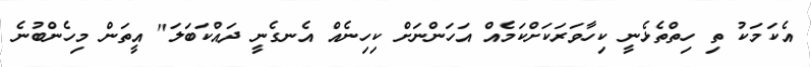
އެކަމަކު ތި ހިތްތެޅެނީ ކިހާވަރަކަށްކަމެއް އަހަންނަށް ކިހިނެއް އެނގެނީ ދައްކަބަލަ" އީތަން މިހެންބުނެ